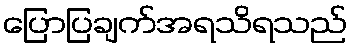
ပြောပြချက်အရသိရသည်